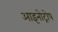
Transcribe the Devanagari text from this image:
आइनोट्रोप